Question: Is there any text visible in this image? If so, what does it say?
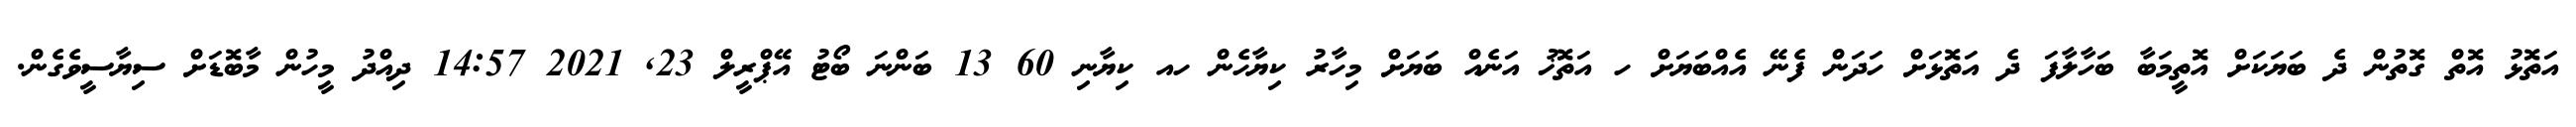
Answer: އަތޮޅު އޮތް ގޮތުން ދެ ބަޔަކަށް އޮތީމަބާ ބަހާލާފަ ދެ އަތޮޅަށް ހަދަން ފެނޭ އެއްބަޔަށް ހ އަތޮޚު އަނެއް ބަޔަށް މިހާރު ކިޔާހެން ހއ ކިޔާނި 60 13 ބަންނަ ބޯޓު އޭޕްރީލް 23, 2021 14:57 ދިއްދު މީހުން މާބޮޑަށް ސިޔާސީވެގެން.